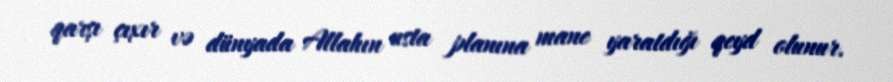
qarşı çıxır və dünyada Allahın usta planına mane yaratdığı qeyd olunur.